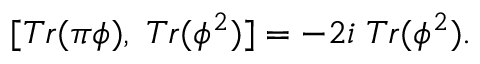
[ T r ( \pi \phi ) , \; T r ( \phi ^ { 2 } ) ] = - 2 i \; T r ( \phi ^ { 2 } ) .